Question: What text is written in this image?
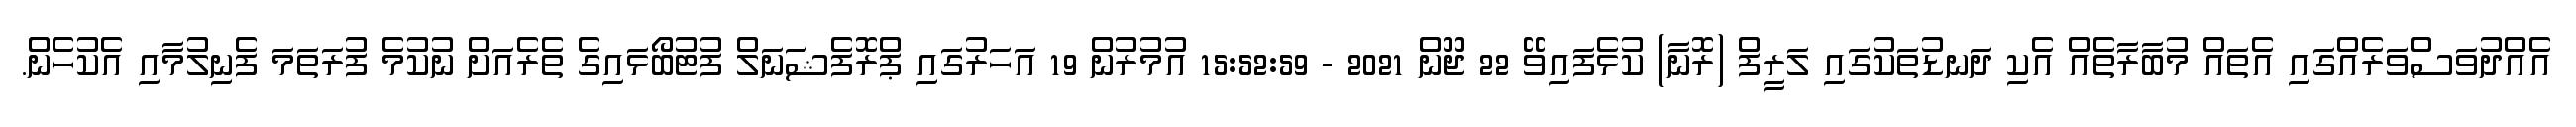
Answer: އެއްދުވަސްވަރެއްގައި އެތައް މުބާރާތެއް އެކި ދަނޑުތަކުގައި ލަރީފް (ރޮނާ) ކުޅެފައިވޭ 22 ޖޫން 2021 - 15:52:59 އުމުރުން 19 އަހަރުގައި ޕްރޮފެޝަނަލް ފުޓުބޯޅައިގެ ތެރެއަށް ނުކުމެ ފުރަތަމަ ފެނިލުމާއި އެކުހެން.